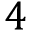
4